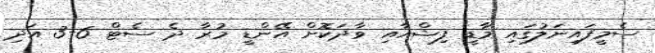
ސެމީފައިނަލުގައި މާޑީ ފިޝްއާއި ވާދަކޮށް އޭންޑީ މުރާ ދެ ސެޓް 6-3 އަދި